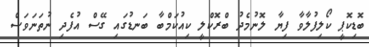
ބޮޑިކޮޕީ ކޯލިފުލާވާ ފިޔާ ލޮނުމެދު ބްރޮކްލީ ކިއުކަމްބާ ބަނޑުގައި ގޭސް އުފެދި ނުތަނަވަސް